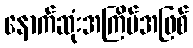
နောက်ဆုံးအကြိမ်အဖြစ်